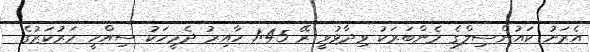
އެރަށު ކައުންސިލްގެ މެންބަރަކު ވިދާޅުވީ ރޭ 1:45 ހާއިރު ދެމީހަކު ސިއްހީ މަރުކަޒުގެ